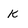
Character: k